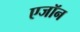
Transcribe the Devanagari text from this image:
एजॉन